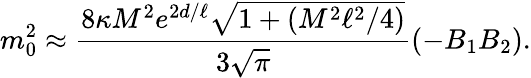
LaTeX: m_{0}^{2}\approx{\frac{8\kappa M^{2}e^{2d/\ell}\sqrt{1+(M^{2}\ell^{2}/4)}}{3\sqrt{\pi}}}(-B_{1}B_{2}).